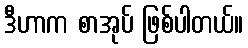
ဒီဟာက စာအုပ် ဖြစ်ပါတယ်။